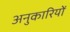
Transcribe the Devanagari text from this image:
अनुकारियों